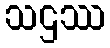
သဌဿ